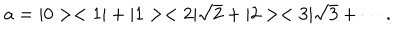
a = | 0 > < 1 | + | 1 > < 2 | \sqrt { 2 } + | 2 > < 3 | \sqrt { 3 } + \cdots .